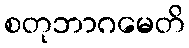
စတုဘာဂမေတိ